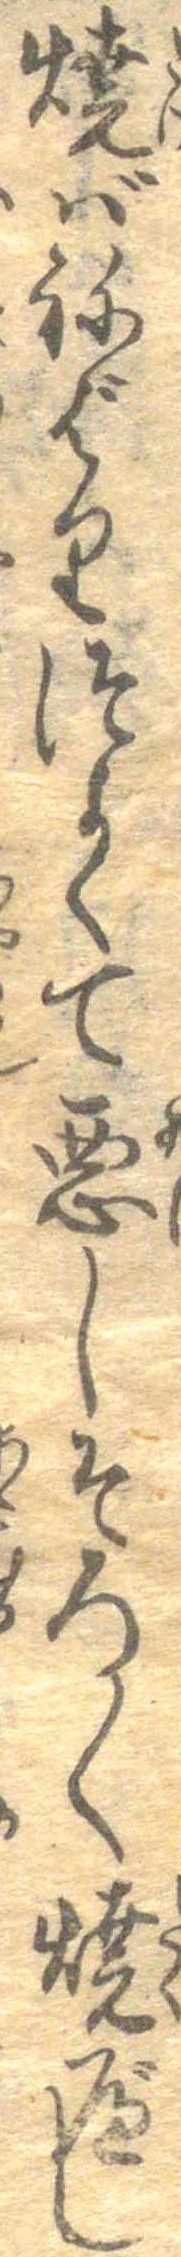
焼ばねばりつよくて悪しそろく焼べし